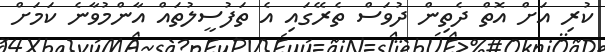
ކުރި އަށް އޮތް ދެތިން ދުވަސް ތެރޭގައި އެ ތަފުސީލުތައް އާންމުވާނެ ކަމަށް